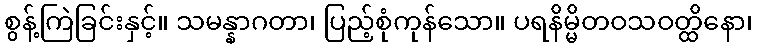
စွန့်ကြဲခြင်းနှင့်။ သမန္နာဂတာ၊ ပြည့်စုံကုန်သော။ ပရနိမ္မိတဝသဝတ္ထိနော၊